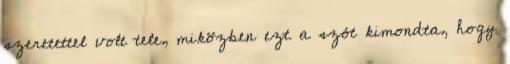
szeretettel volt tele, miközben ezt a szót kimondta, hogy